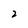
Character: 2